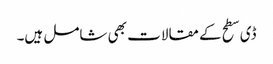
ڈی سطح کے مقالات بھی شامل ہیں۔